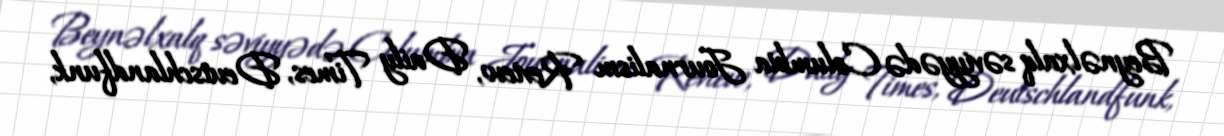
Beynəlxalq səviyyədə Columbia Journalism Review, Daily Times, Deutschlandfunk,